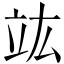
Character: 竑